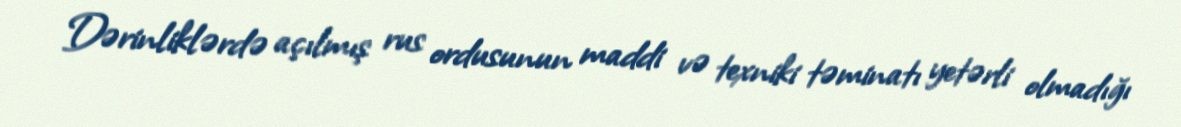
Dərinliklərdə açılmış rus ordusunun maddi və texniki təminatı yetərli olmadığı